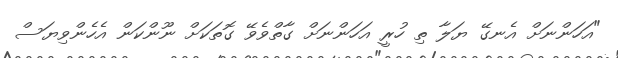
"އަހަންނަށް އެނގޭ ޔަލާ ތި ހުރީ އަހަންނަށް ގާތްވެވޭ ގޮތަކަށް ނޫންކަން އެހެންވިޔަސް